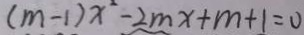
( m - 1 ) x ^ { 2 } - 2 m x + m + 1 = 0